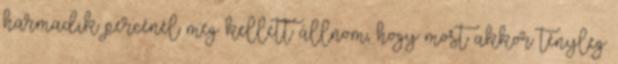
harmadik percénél meg kellett állnom, hogy most akkor tényleg